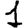
Digit: 1